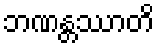
ဘဏန္တဿာတိ